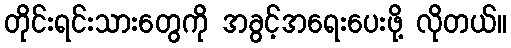
တိုင်းရင်းသားတွေကို အခွင့်အရေးပေးဖို့ လိုတယ်။